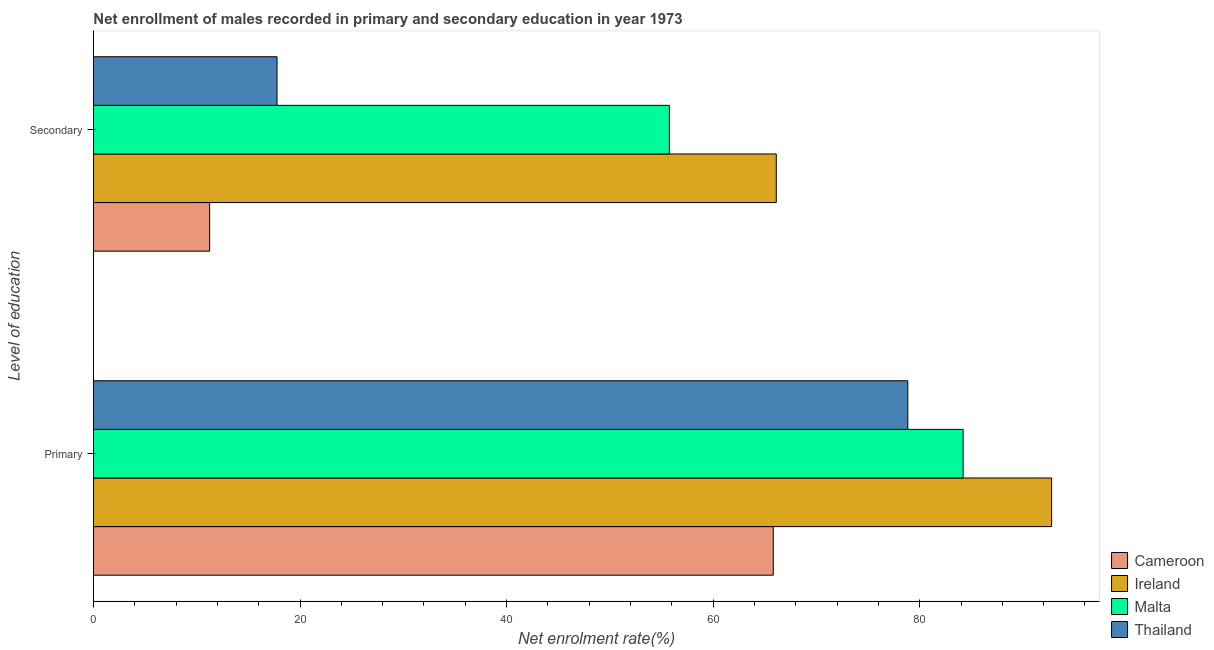
| Level of education | Cameroon | Ireland | Malta | Thailand |
 | --- | --- | --- | --- | --- |
 | Primary | 65.8 | 92.8 | 84.2 | 78.8 |
 | Secondary | 11.2 | 66.1 | 55.8 | 17.8 |